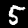
Digit: 5